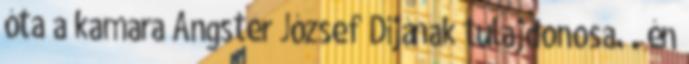
óta a kamara Angster József Díjának tulajdonosa. . én